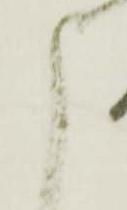
申